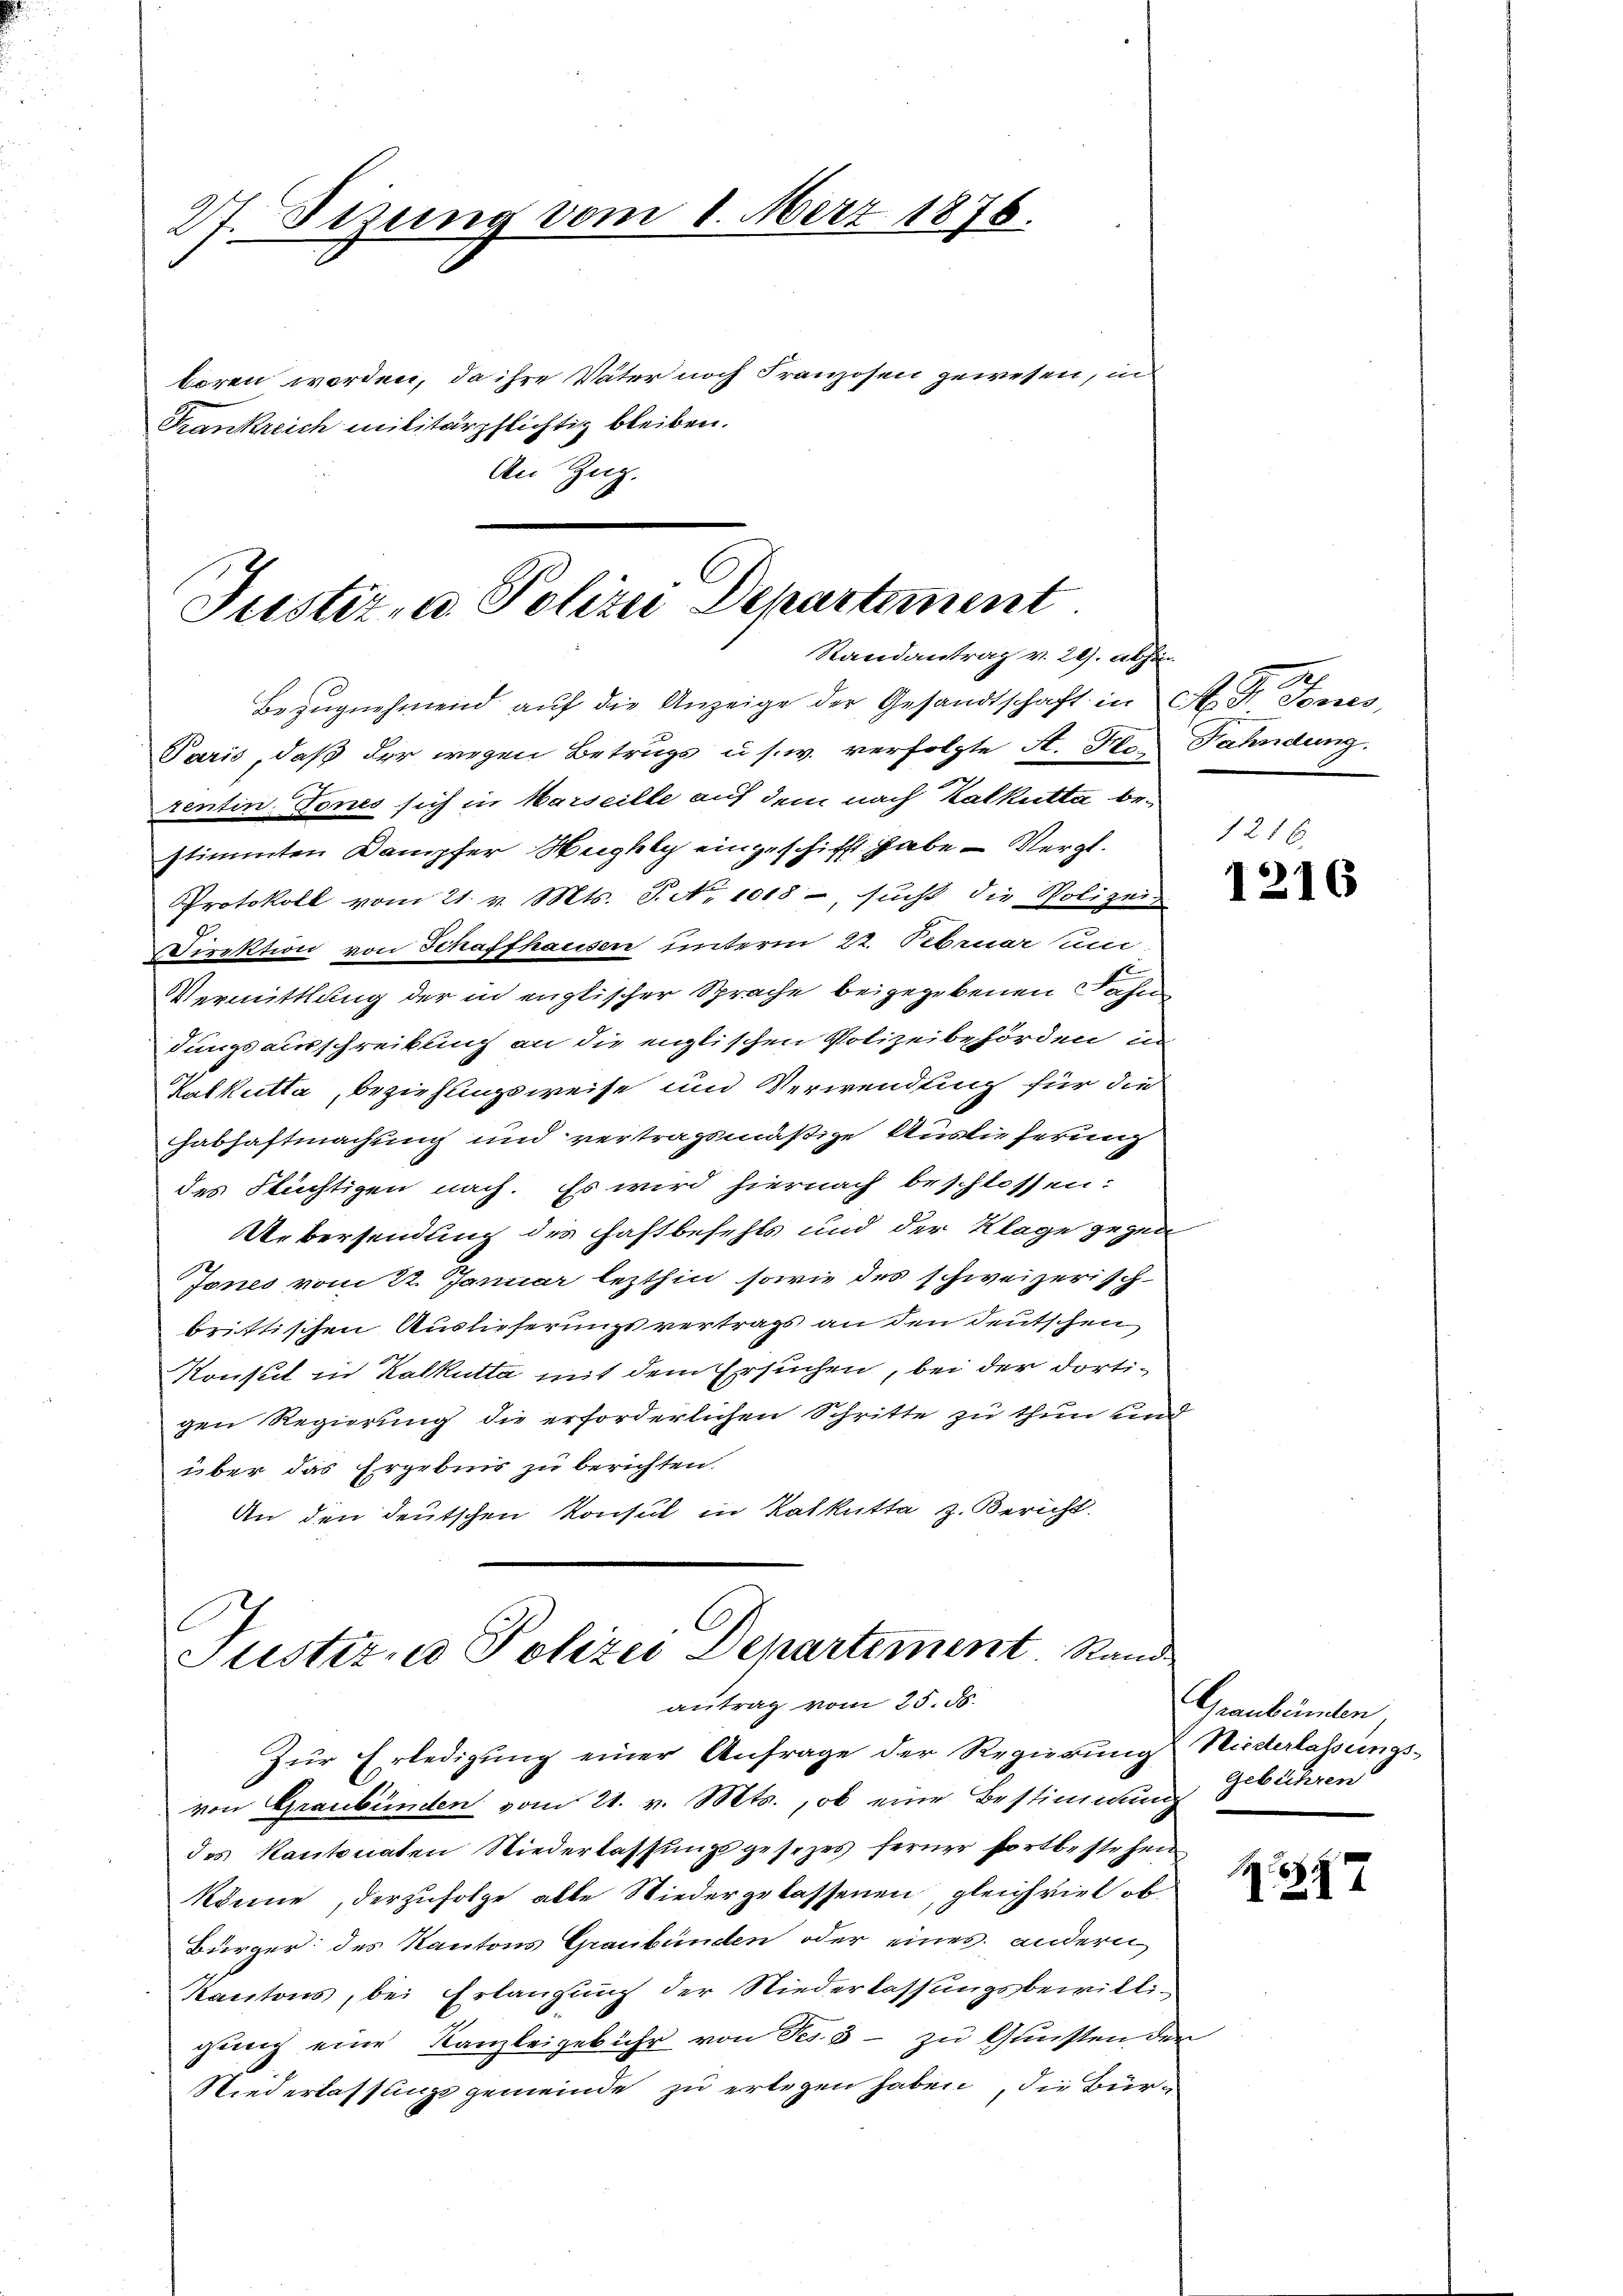
27. Sizung vom 1. März 1876.

boren worden, da ihre Vater noch Franzosen gewesen, in
Frankreich militärpflichtig bleiben.
An Zug.

Justiz- u Polizei Departement
Randantrag v. 29. abhin

Bezŭgnehmend auf die Anzeige der Gesandtschaft in A. S. Tones,
Paris, daß der wegen Betrugs u. s. w. verfolgte A. Flo- Fahndung.
rentin Tones sich in Marseille auf dem nach Kalkutta bestimmten Dampfer Heighly eingeschifft habe — Vergl.
Protokoll vom 21. v. Mts. S. No 1018 -, sucht die Polizeis
Direktion von Schaffhausen unterm 22. Februar um
Vermittlung der in englischer Sprache beigegebenen Fahn
dungsausschreibung an die englischen Polizeibehörden un
Patkutta, Beziehungsweise und Verwendung für die
abhaftmachung und vertragsmäßige Auslieferung
des Flüchtigen nach. Es wird hiernach beschlossen:
Uebersendung des Haftbefehls und der Klage gegen
Jones vom 22. Januar lezthin sowie des schweizerisch-
brittischen Auslieferungsvertrags an den deutschen
Konsul in Kalkutta mit dem Ersuchen, bei der dortigen Regierung die erforderlichen Schritte zu thun und
über das Ergebnis zu berichten.
An den deutschen Konsul in Kalkutta z. Bericht

Justiz- & Polizei Departement. Nam
antrag vom 25. 55.

Zŭr Erledigŭng einer Anfrage der Regierŭng Niederlassungs-
von Graubünden vom 21. v. Mts., ob eine Bestimmung
des Kantonaten Niederlassungsgesezes ferner fortbestehen
könne, der zufolge abte Wiedergelassenen, gleichviel ob
Bürger des Kantons Graubünden oder eines andern
Kantons, bei Erlangung der Niederlassungsbewilligung eine Kanzleigebühr von des 3 - zu Gunsten der
Niederlassungsgemeinde zu erlegen haben, die Bür-

1216.
1216

s
Graubünden
gebühren

7